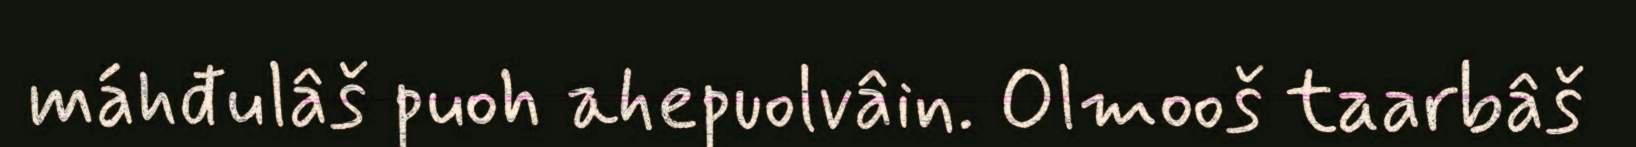
máhđulâš puoh ahepuolvâin. Olmooš taarbâš